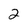
Character: 2